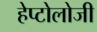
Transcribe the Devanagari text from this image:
हेप्टोलोजी